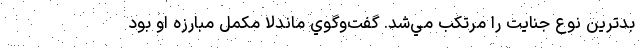
بدترين نوع جنايت را مرتكب مي‌شد. گفت‌وگوي ماندلا مكمل مبارزه او بود